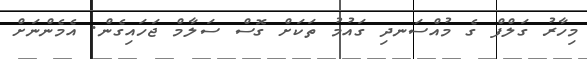
މިހާރު ގަލްފް ގެ މުއްސަނދި ގައުމު ތަކަށް ގޮސް ސަލާމް ޖަހައިގެން. އެމެންނަށް